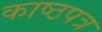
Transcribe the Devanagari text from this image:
काष्ठपत्र